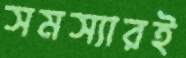
সমস্যারই